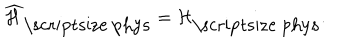
\widehat { \cal H } _ { \mathrm { \scriptsize ~ p h y s } } = { \cal H } _ { \mathrm { \scriptsize ~ p h y s } } .